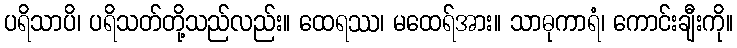
ပရိသာပိ၊ ပရိသတ်တို့သည်လည်း။ ထေရဿ၊ မထေရ်အား။ သာဓုကာရံ၊ ကောင်းချီးကို။